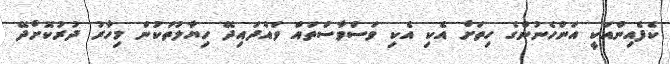
ކެފެއިންއަކީ އަންހެނުންގެ ހިތަށް އެކި އެކި ވަސްވާސްތައް ވައްދައިދޭ ހިޔާލުތަކުން މިހާރު ދުރުކޮށްދޭ